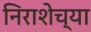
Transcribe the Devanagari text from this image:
निराशेच्या